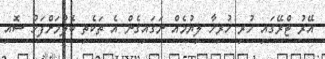
އޭރު ޓްރޭގައި ހުރި ހުރިހާ ލިޔުމެއް ނަގައިގެން އެ ތަކެތި ބެލުމަށްފަހު ސޮއި